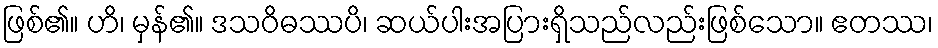
ဖြစ်၏။ ဟိ၊ မှန်၏။ ဒသဝိဓဿပိ၊ ဆယ်ပါးအပြားရှိသည်လည်းဖြစ်သော။ ဧတဿ၊